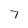
Character: 7